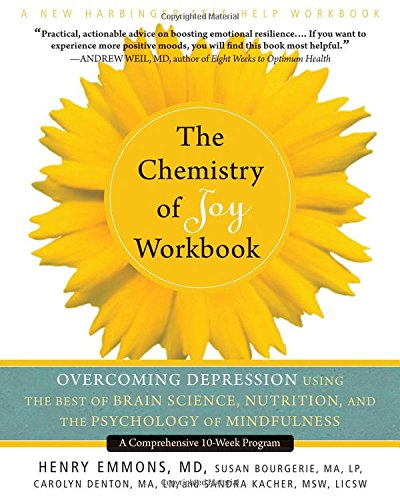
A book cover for The Chemistry of Joy Workbook: Overcoming Depression Using the Best of Brain Science, Nutrition, and the Psychology of Mindfulness; Henry Emmons MD; Health, Fitness & Dieting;